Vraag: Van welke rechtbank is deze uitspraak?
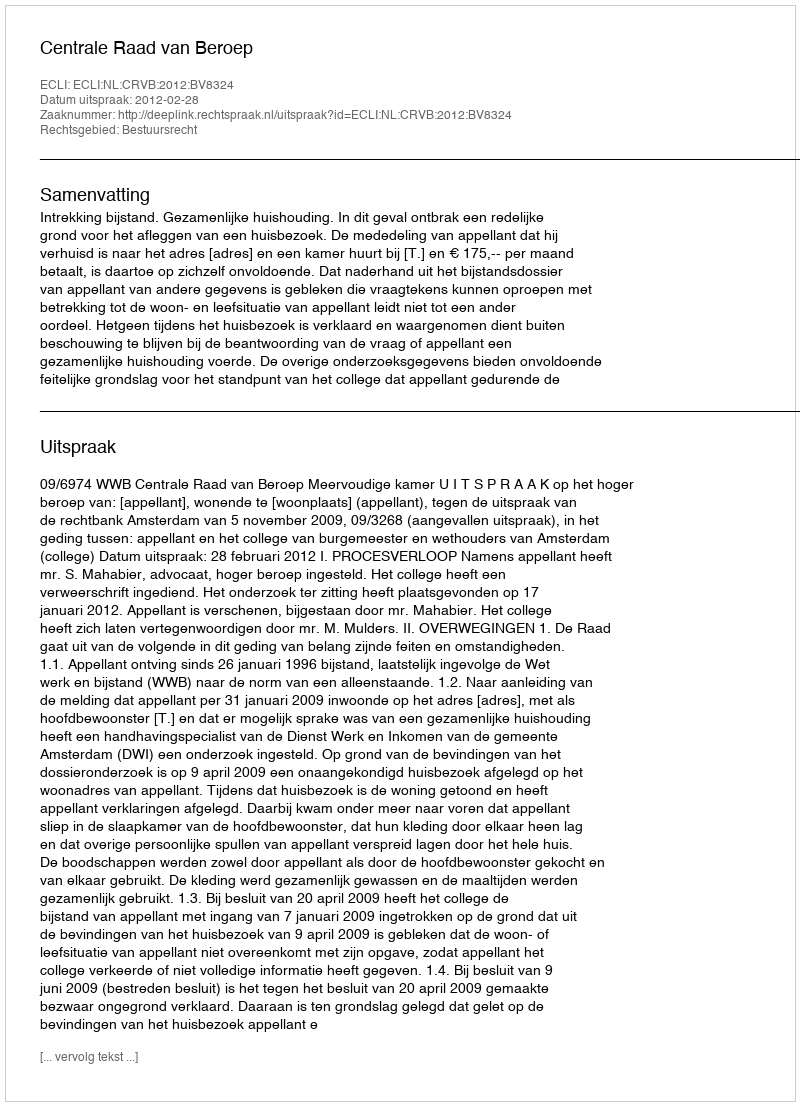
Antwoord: Centrale Raad van Beroep